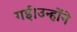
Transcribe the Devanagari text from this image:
गई।उन्होंने